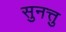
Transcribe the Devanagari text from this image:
सुनत्तु